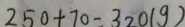
2 5 0 + 7 0 = 3 2 0 ( g )